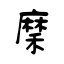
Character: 穈